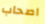
اصحاب